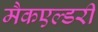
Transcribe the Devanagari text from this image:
मैकएल्डरी